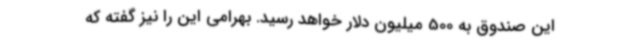
این صندوق به 500 میلیون دلار خواهد رسید. بهرامی این را نیز گفته که